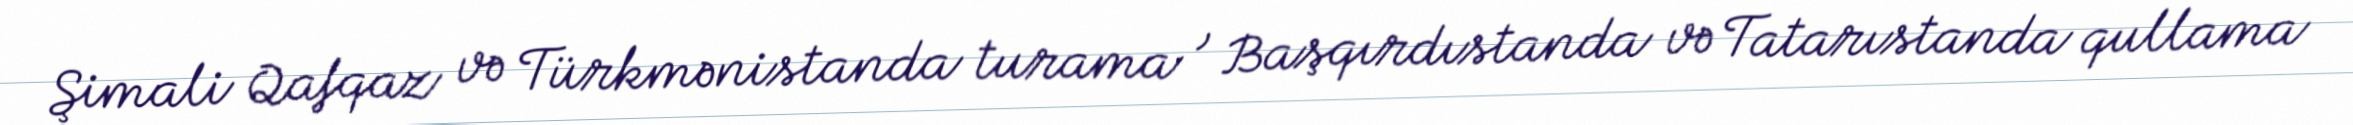
Şimali Qafqaz və Türkmənistanda turama , Başqırdıstanda və Tatarıstanda qullama